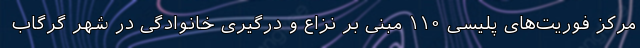
مرکز فوریت‌های پلیسی ۱۱۰ مبنی بر نزاع و درگیری خانوادگی در شهر گرگاب